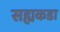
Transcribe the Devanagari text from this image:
सह्यकडा